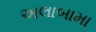
અલાબામા